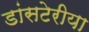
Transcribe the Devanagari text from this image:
डांसटेरीया